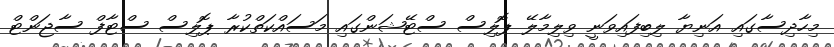
މިހާދިސާގައި އަނިޔާ ލިބިފައިވަނީ ވިލިމާލޭ ޕޮލިސް ސްޓޭޝަންގައި މަސައްކަތްކުރާ ޕޮލިސް ސްޓާފް ސާޖަންޓް